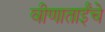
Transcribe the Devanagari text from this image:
वीणाताईंचे